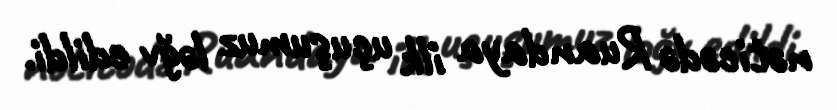
nəticədə Ruandaya ilk uçuşumuz ləğv edildi.